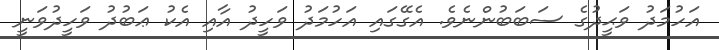
އަހުމަދު ވަޙީދުގެ ސަބަބުންނެވެ. އެގޭގައި އަހުމަދު ވަހީދު އާއި އެކު ޢަބުދު ވަހީދުވަނީ